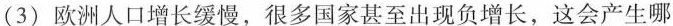
(3)欧洲人口增长缓慢，很多国家甚至出现负增长，这会产生哪